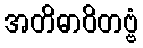
အတိဓာဝိတဗ္ဗံ